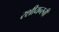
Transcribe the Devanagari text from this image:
रशीयन्स्नी